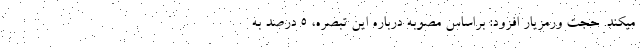
میکند. حجت ورمزیار افزود: براساس مصوبه درباره این تبصره، ۵ درصد به